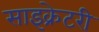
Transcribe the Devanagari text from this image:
साइक्रेटरी